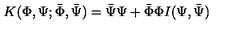
K ( \Phi , \Psi ; \bar { \Phi } , \bar { \Psi } ) = \bar { \Psi } \Psi + \bar { \Phi } \Phi I ( \Psi , \bar { \Psi } )